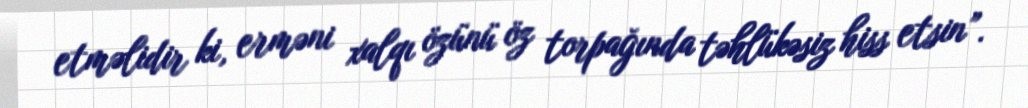
etməlidir ki, erməni xalqı özünü öz torpağında təhlükəsiz hiss etsin”.